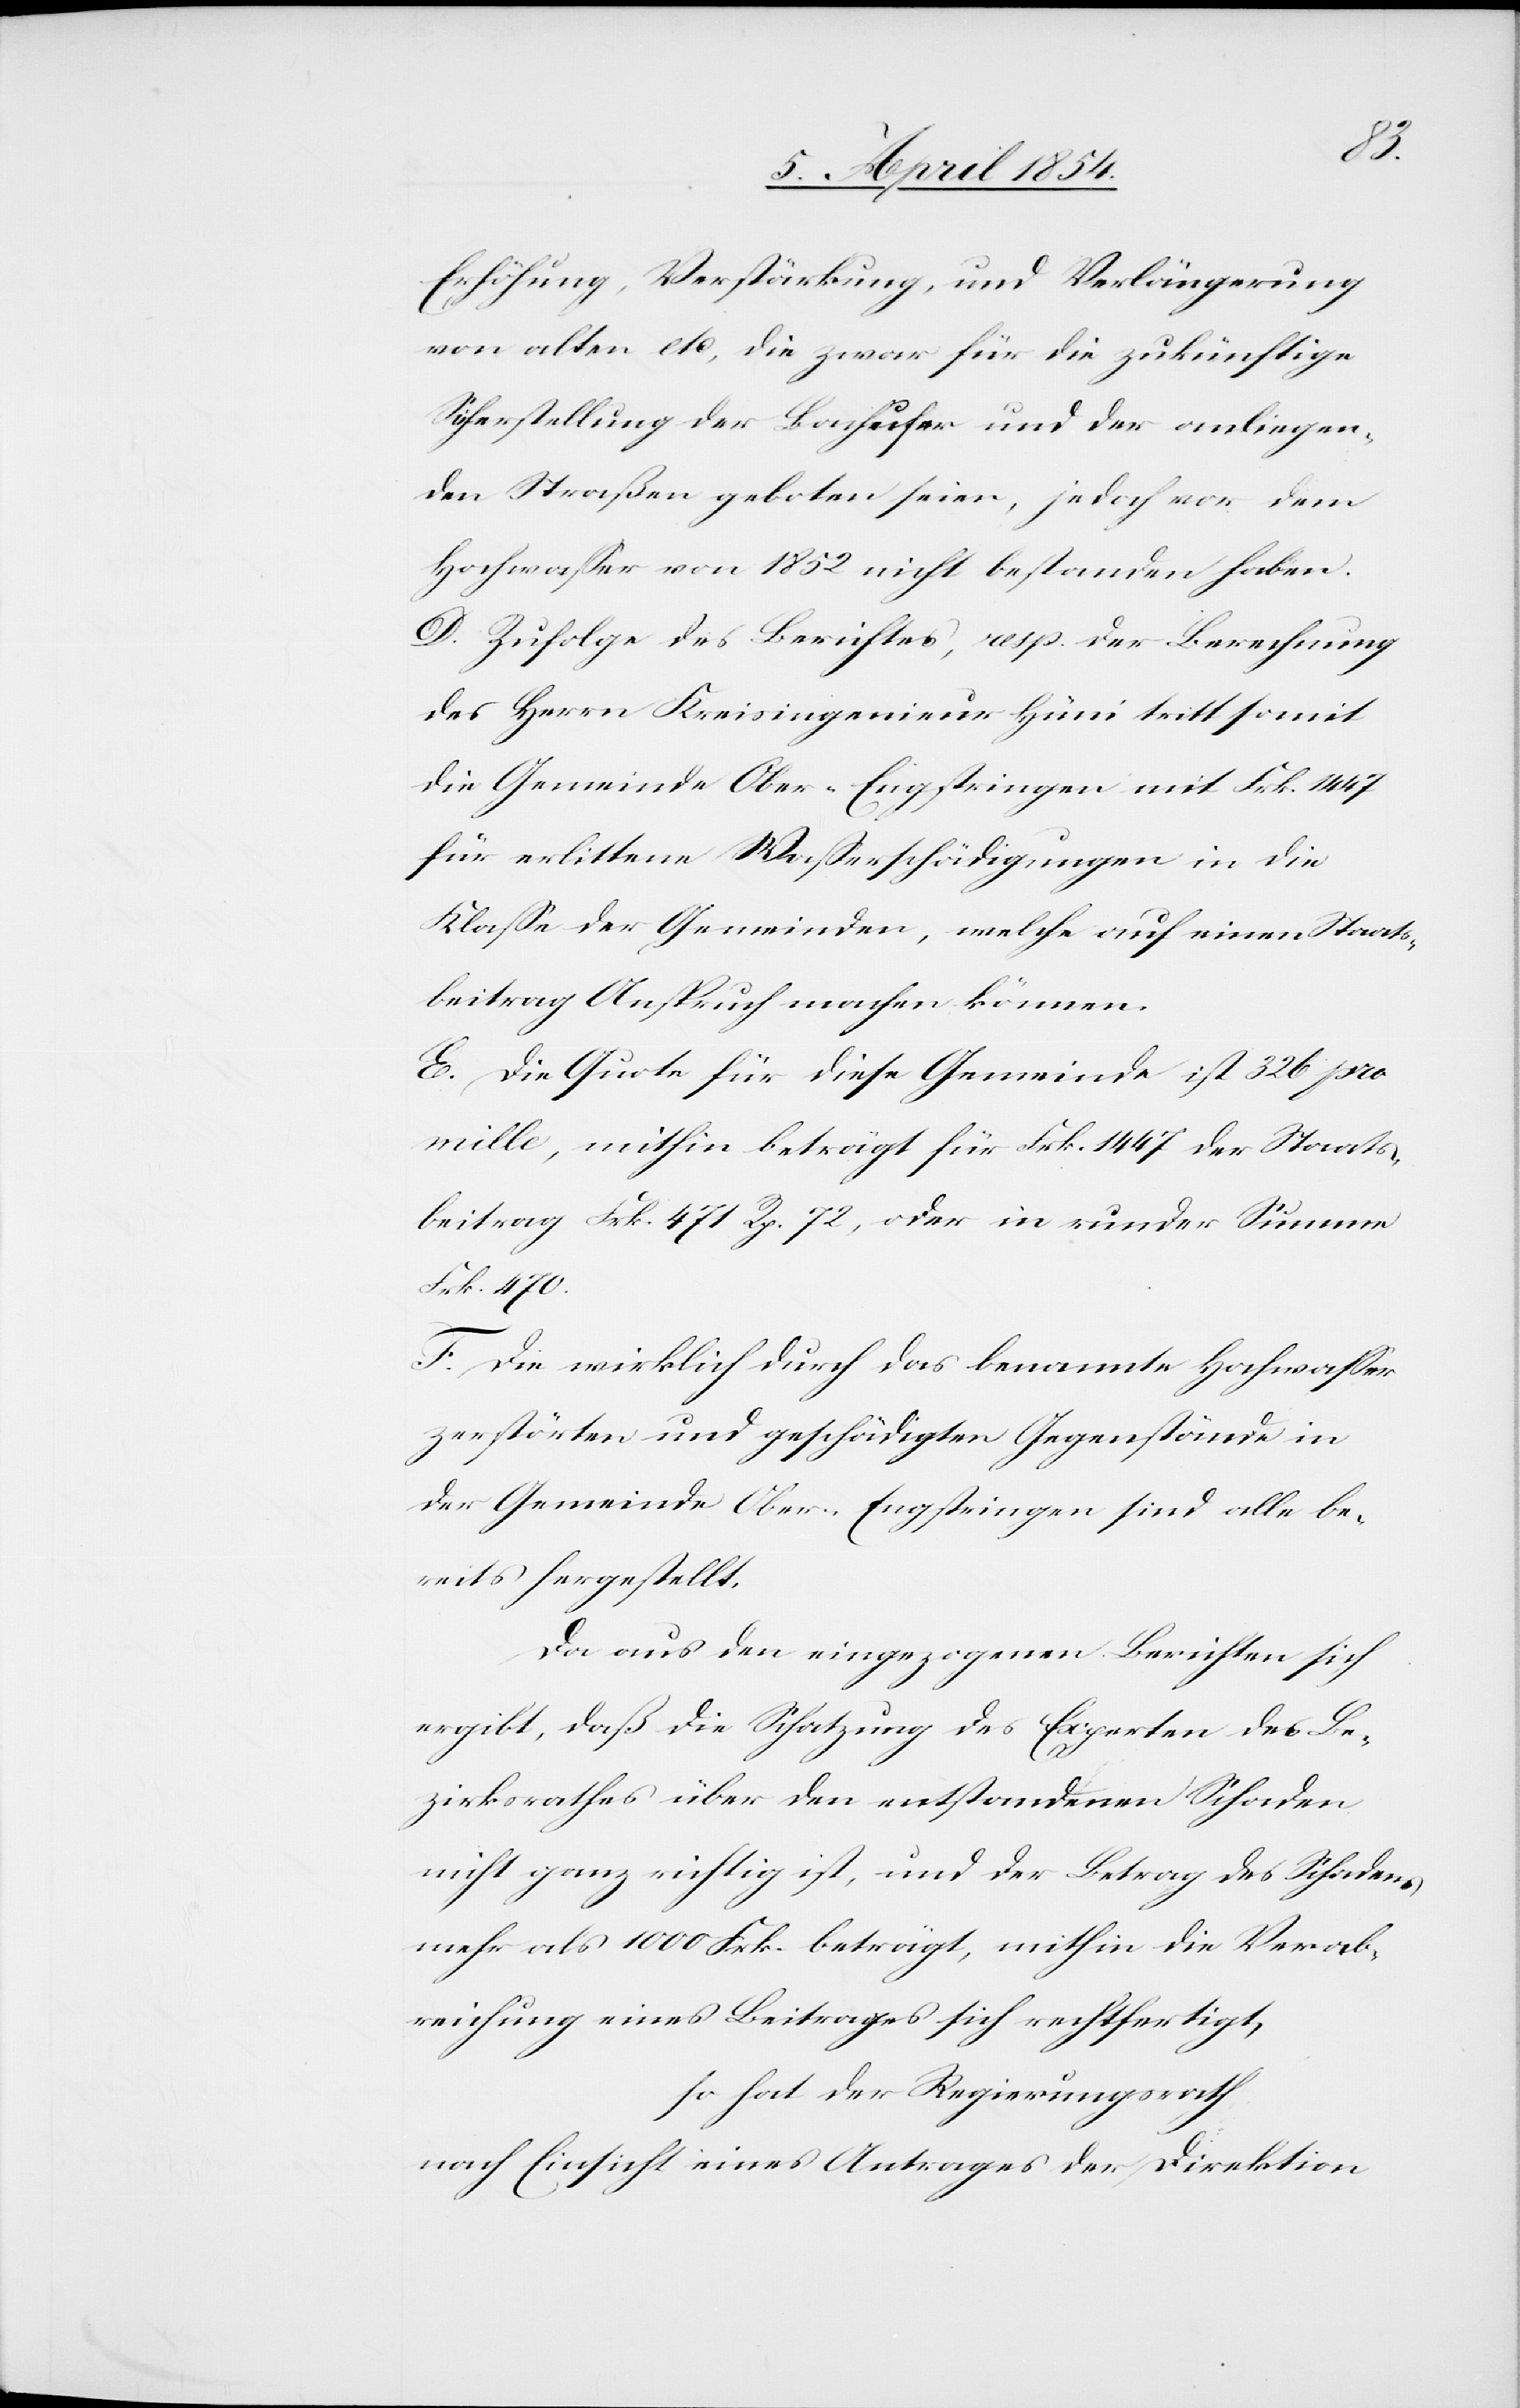
Erhöhung, Verstärkung, und Verlängerung
von alten etc, die zwar für die zukünftige
Sicherstellung der Bachufer und der anliegen¬
den Straßen geboten seien, jedoch vor dem
Hochwaßer von 1852 nicht bestanden haben.
D. Zufolge des Berichtes, resp. der Berechnung
des Herrn Kreisingenieur Hüni tritt somit
die Gemeinde Ober-Engstringen mit Frk. 1447
für erlittene Waßerschädigungen in die
Klaße der Gemeinden, welche auf einen Staats¬
beitrag Anspruch machen können.
E. Die Quote für diese Gemeinde ist 326 pro
mille, mithin beträgt für Frk. 1447 der Staats¬
beitrag Frk. 471 Rp. 72, oder in runder Summe
Frk. 470.
F. Die wirklich durch das benamte Hochwaßer
zerstörten und geschädigten Gegenstände in
der Gemeinde Ober-Engstringen sind alle be¬
reits hergestellt.
Da aus den eingezogenen Berichten sich
ergibt, daß die Schatzung des Experten des Be¬
zirksrathes über den entstandenen Schaden
nicht ganz richtig ist, und der Betrag des Schadens
mehr als 1000 Frk. beträgt, mithin die Verab¬
reichung eines Beitrages sich rechtfertigt,
so hat der Regierungsrath,
nach Einsicht eines Antrages der Direktion